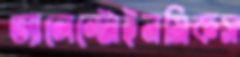
ভ্যালেন্টোইনমিকস